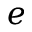
e